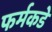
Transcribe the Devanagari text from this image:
फर्मकडे